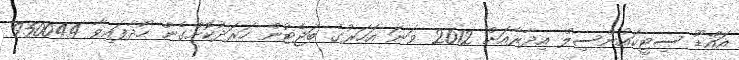
އައްޑޫ ސިޓީކައުންސިލް އިދާރާއަށް 2012 ވަނަ އަހަރުގެ ބަޖެޓުން ހަރަދުކޮށްގެން ހޯދާފައިވާ 950044